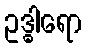
ဥဒ္ဓါရော